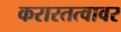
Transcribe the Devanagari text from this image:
करारतत्वावर